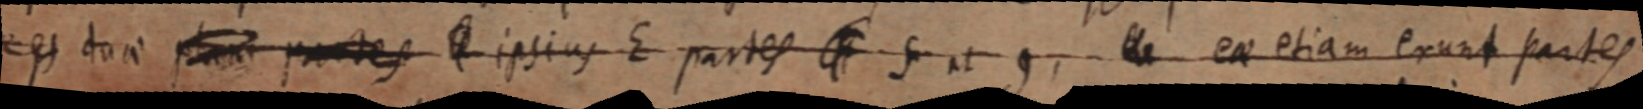
duae plane partes _ ipsius E partes F et g, _ eae etiam erunt partes